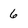
Character: 6